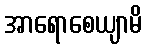
အာရောစေယျာမိ